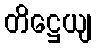
တိဋ္ဌေယျ